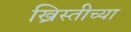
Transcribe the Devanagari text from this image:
ख्रिस्तीच्या